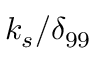
k _ { s } / \delta _ { 9 9 }